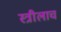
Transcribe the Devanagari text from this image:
स्त्रीलाच